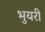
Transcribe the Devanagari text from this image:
भुयरी